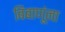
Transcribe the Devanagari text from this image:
बिंबाणूंना